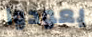
يعودوا